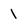
Character: 1